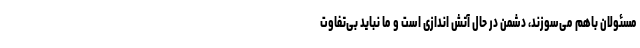
مسئولان باهم می‌سوزند، دشمن در حال آتش اندازی است و ما نباید بی‌تفاوت